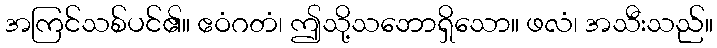
အကြင်သစ်ပင်၏။ ဧဝံဂတံ၊ ဤသို့သဘောရှိသော။ ဖလံ၊ အသီးသည်။